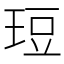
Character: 𪻡